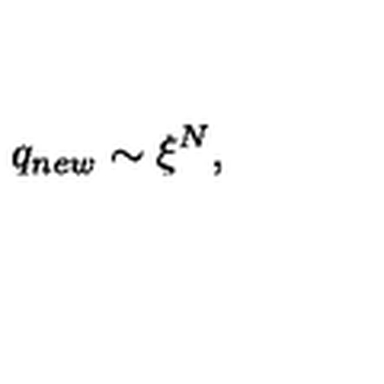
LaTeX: q _ { n e w } \sim \xi ^ { N } ,